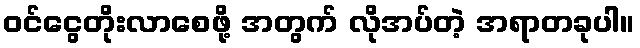
ဝင်ငွေတိုးလာစေဖို့ အတွက် လိုအပ်တဲ့ အရာတခုပါ။